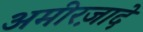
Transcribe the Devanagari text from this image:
अमीरज़ादे